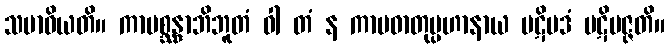
သမာဓိယတိ။ ကာမစ္ဆန္ဒာဘိဘူတံ ဝါ တံ န ကာမဓာတုပ္ပဟာနာယ ပဋိပဒံ ပဋိပဇ္ဇတိ။